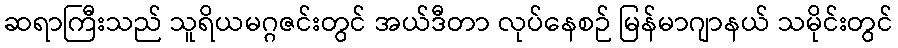
ဆရာကြီးသည် သူရိယမဂ္ဂဇင်းတွင် အယ်ဒီတာ လုပ်နေစဉ် မြန်မာဂျာနယ် သမိုင်းတွင်